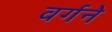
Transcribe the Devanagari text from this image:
वर्गने